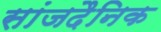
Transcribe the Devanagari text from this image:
सांजदैनिक